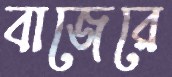
বাজেরে